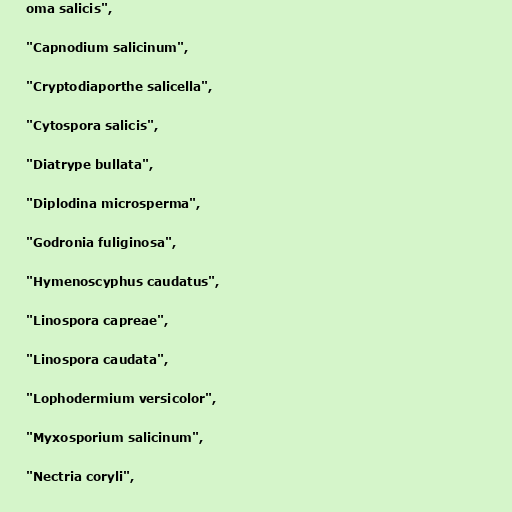
oma salicis",

"Capnodium salicinum",

"Cryptodiaporthe salicella",

"Cytospora salicis",

"Diatrype bullata",

"Diplodina microsperma",

"Godronia fuliginosa",

"Hymenoscyphus caudatus",

"Linospora capreae",

"Linospora caudata",

"Lophodermium versicolor",

"Myxosporium salicinum",

"Nectria coryli",